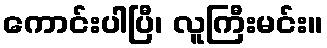
ကောင်းပါပြီ၊ လူကြီးမင်း။